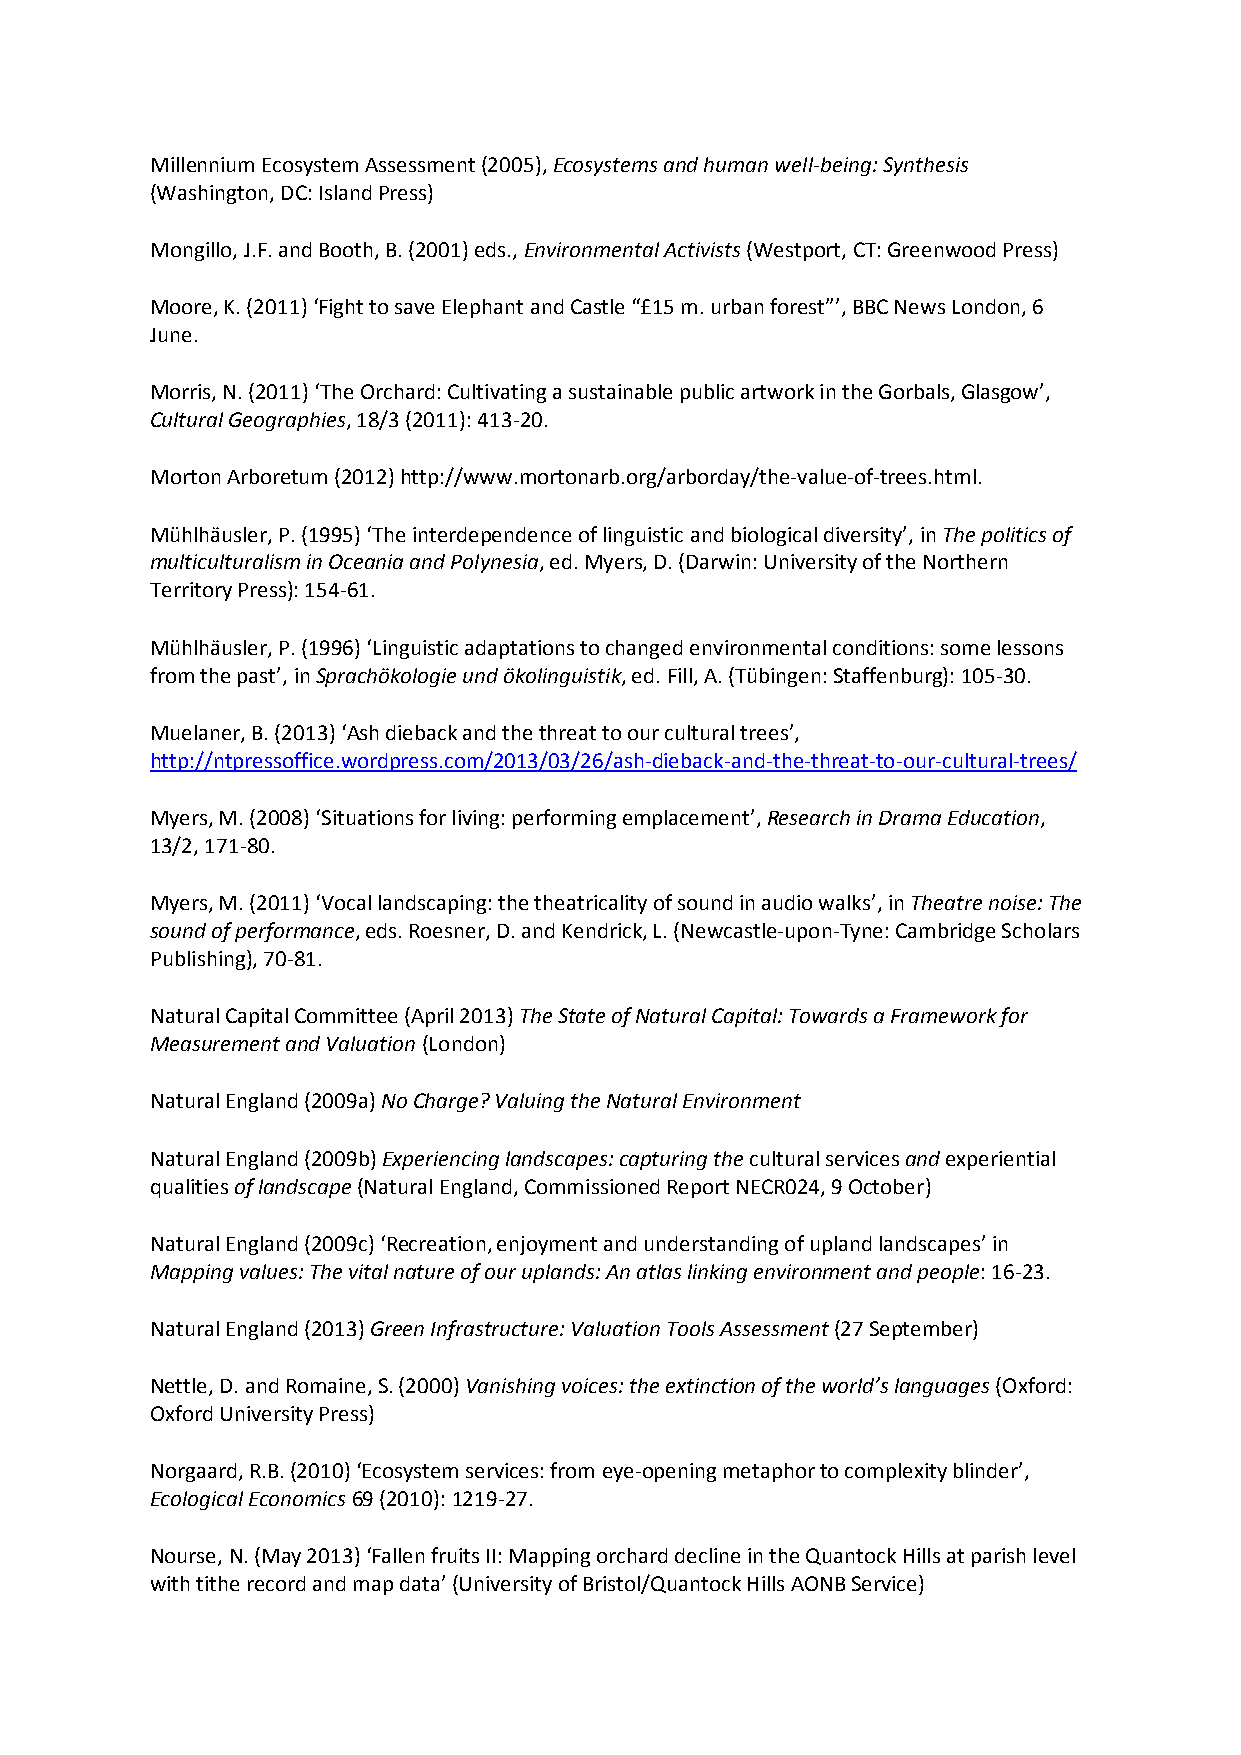
Millennium Ecosystem Assessment (2005), Ecosystems and human well-being: Synthesis
 (Washington, DC: Island Press)
 Mongillo, J.F. and Booth, B. (2001) eds., Environmental Activists (Westport, CT: Greenwood Press)
 Moore, K. (2011) ‘Fight to save Elephant and Castle “£15 m. urban forest”’, BBC News London, 6
 June.
 Morris, N. (2011) ‘The Orchard: Cultivating a sustainable public artwork in the Gorbals, Glasgow’,
 Cultural Geographies, 18/3 (2011): 413-20.
 Morton Arboretum (2012) http://www.mortonarb.org/arborday/the-value-of-trees.html.
 Mühlhäusler, P. (1995) ‘The interdependence of linguistic and biological diversity’, in The politics of
 multiculturalism in Oceania and Polynesia, ed. Myers, D. (Darwin: University of the Northern
 Territory Press): 154-61.
 Mühlhäusler, P. (1996) ‘Linguistic adaptations to changed environmental conditions: some lessons
 from the past’, in Sprachökologie und ökolinguistik, ed. Fill, A. (Tübingen: Staffenburg): 105-30.
 Muelaner, B. (2013) ‘Ash dieback and the threat to our cultural trees’,
 http://ntpressoffice.wordpress.com/2013/03/26/ash-dieback-and-the-threat-to-our-cultural-trees/
 Myers, M. (2008) ‘Situations for living: performing emplacement’, Research in Drama Education,
 13/2, 171-80.
 Myers, M. (2011) ‘Vocal landscaping: the theatricality of sound in audio walks’, in Theatre noise: The
 sound of performance, eds. Roesner, D. and Kendrick, L. (Newcastle-upon-Tyne: Cambridge Scholars
 Publishing), 70-81.
 Natural Capital Committee (April 2013) The State of Natural Capital: Towards a Framework for
 Measurement and Valuation (London)
 Natural England (2009a) No Charge? Valuing the Natural Environment
 Natural England (2009b) Experiencing landscapes: capturing the cultural services and experiential
 qualities of landscape (Natural England, Commissioned Report NECR024, 9 October)
 Natural England (2009c) ‘Recreation, enjoyment and understanding of upland landscapes’ in
 Mapping values: The vital nature of our uplands: An atlas linking environment and people: 16-23.
 Natural England (2013) Green Infrastructure: Valuation Tools Assessment (27 September)
 Nettle, D. and Romaine, S. (2000) Vanishing voices: the extinction of the world’s languages (Oxford:
 Oxford University Press)
 Norgaard, R.B. (2010) ‘Ecosystem services: from eye-opening metaphor to complexity blinder’,
 Ecological Economics 69 (2010): 1219-27.
 Nourse, N. (May 2013) ‘Fallen fruits II: Mapping orchard decline in the Quantock Hills at parish level
 with tithe record and map data’ (University of Bristol/Quantock Hills AONB Service)